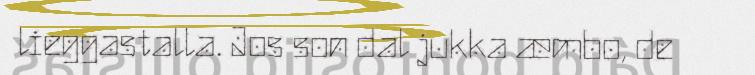
lieggastalla. Jos son dal jukka æmbo, de